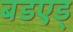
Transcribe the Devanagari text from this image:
बडएड्